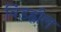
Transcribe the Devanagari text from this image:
विंडह्वील